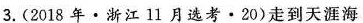
3.(2018年·浙江l1月选考·20)走到天涯海